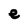
Character: e